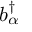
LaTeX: b _ { \alpha } ^ { \dagger }